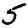
Digit: 5